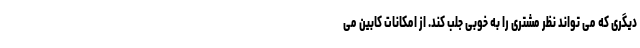
دیگری که می تواند نظر مشتری را به خوبی جلب کند. از امکانات کابین می